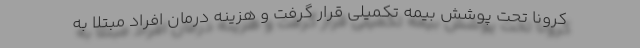
کرونا تحت پوشش بیمه تکمیلی قرار گرفت و هزینه درمان افراد مبتلا به